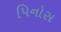
પિનોસ